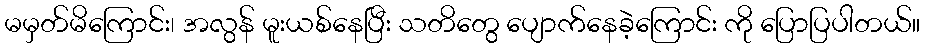
မမှတ်မိကြောင်း၊ အလွန် မူးယစ်နေပြီး သတိတွေ ပျောက်နေခဲ့ကြောင်း ကို ပြောပြပါတယ်။